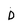
Character: D